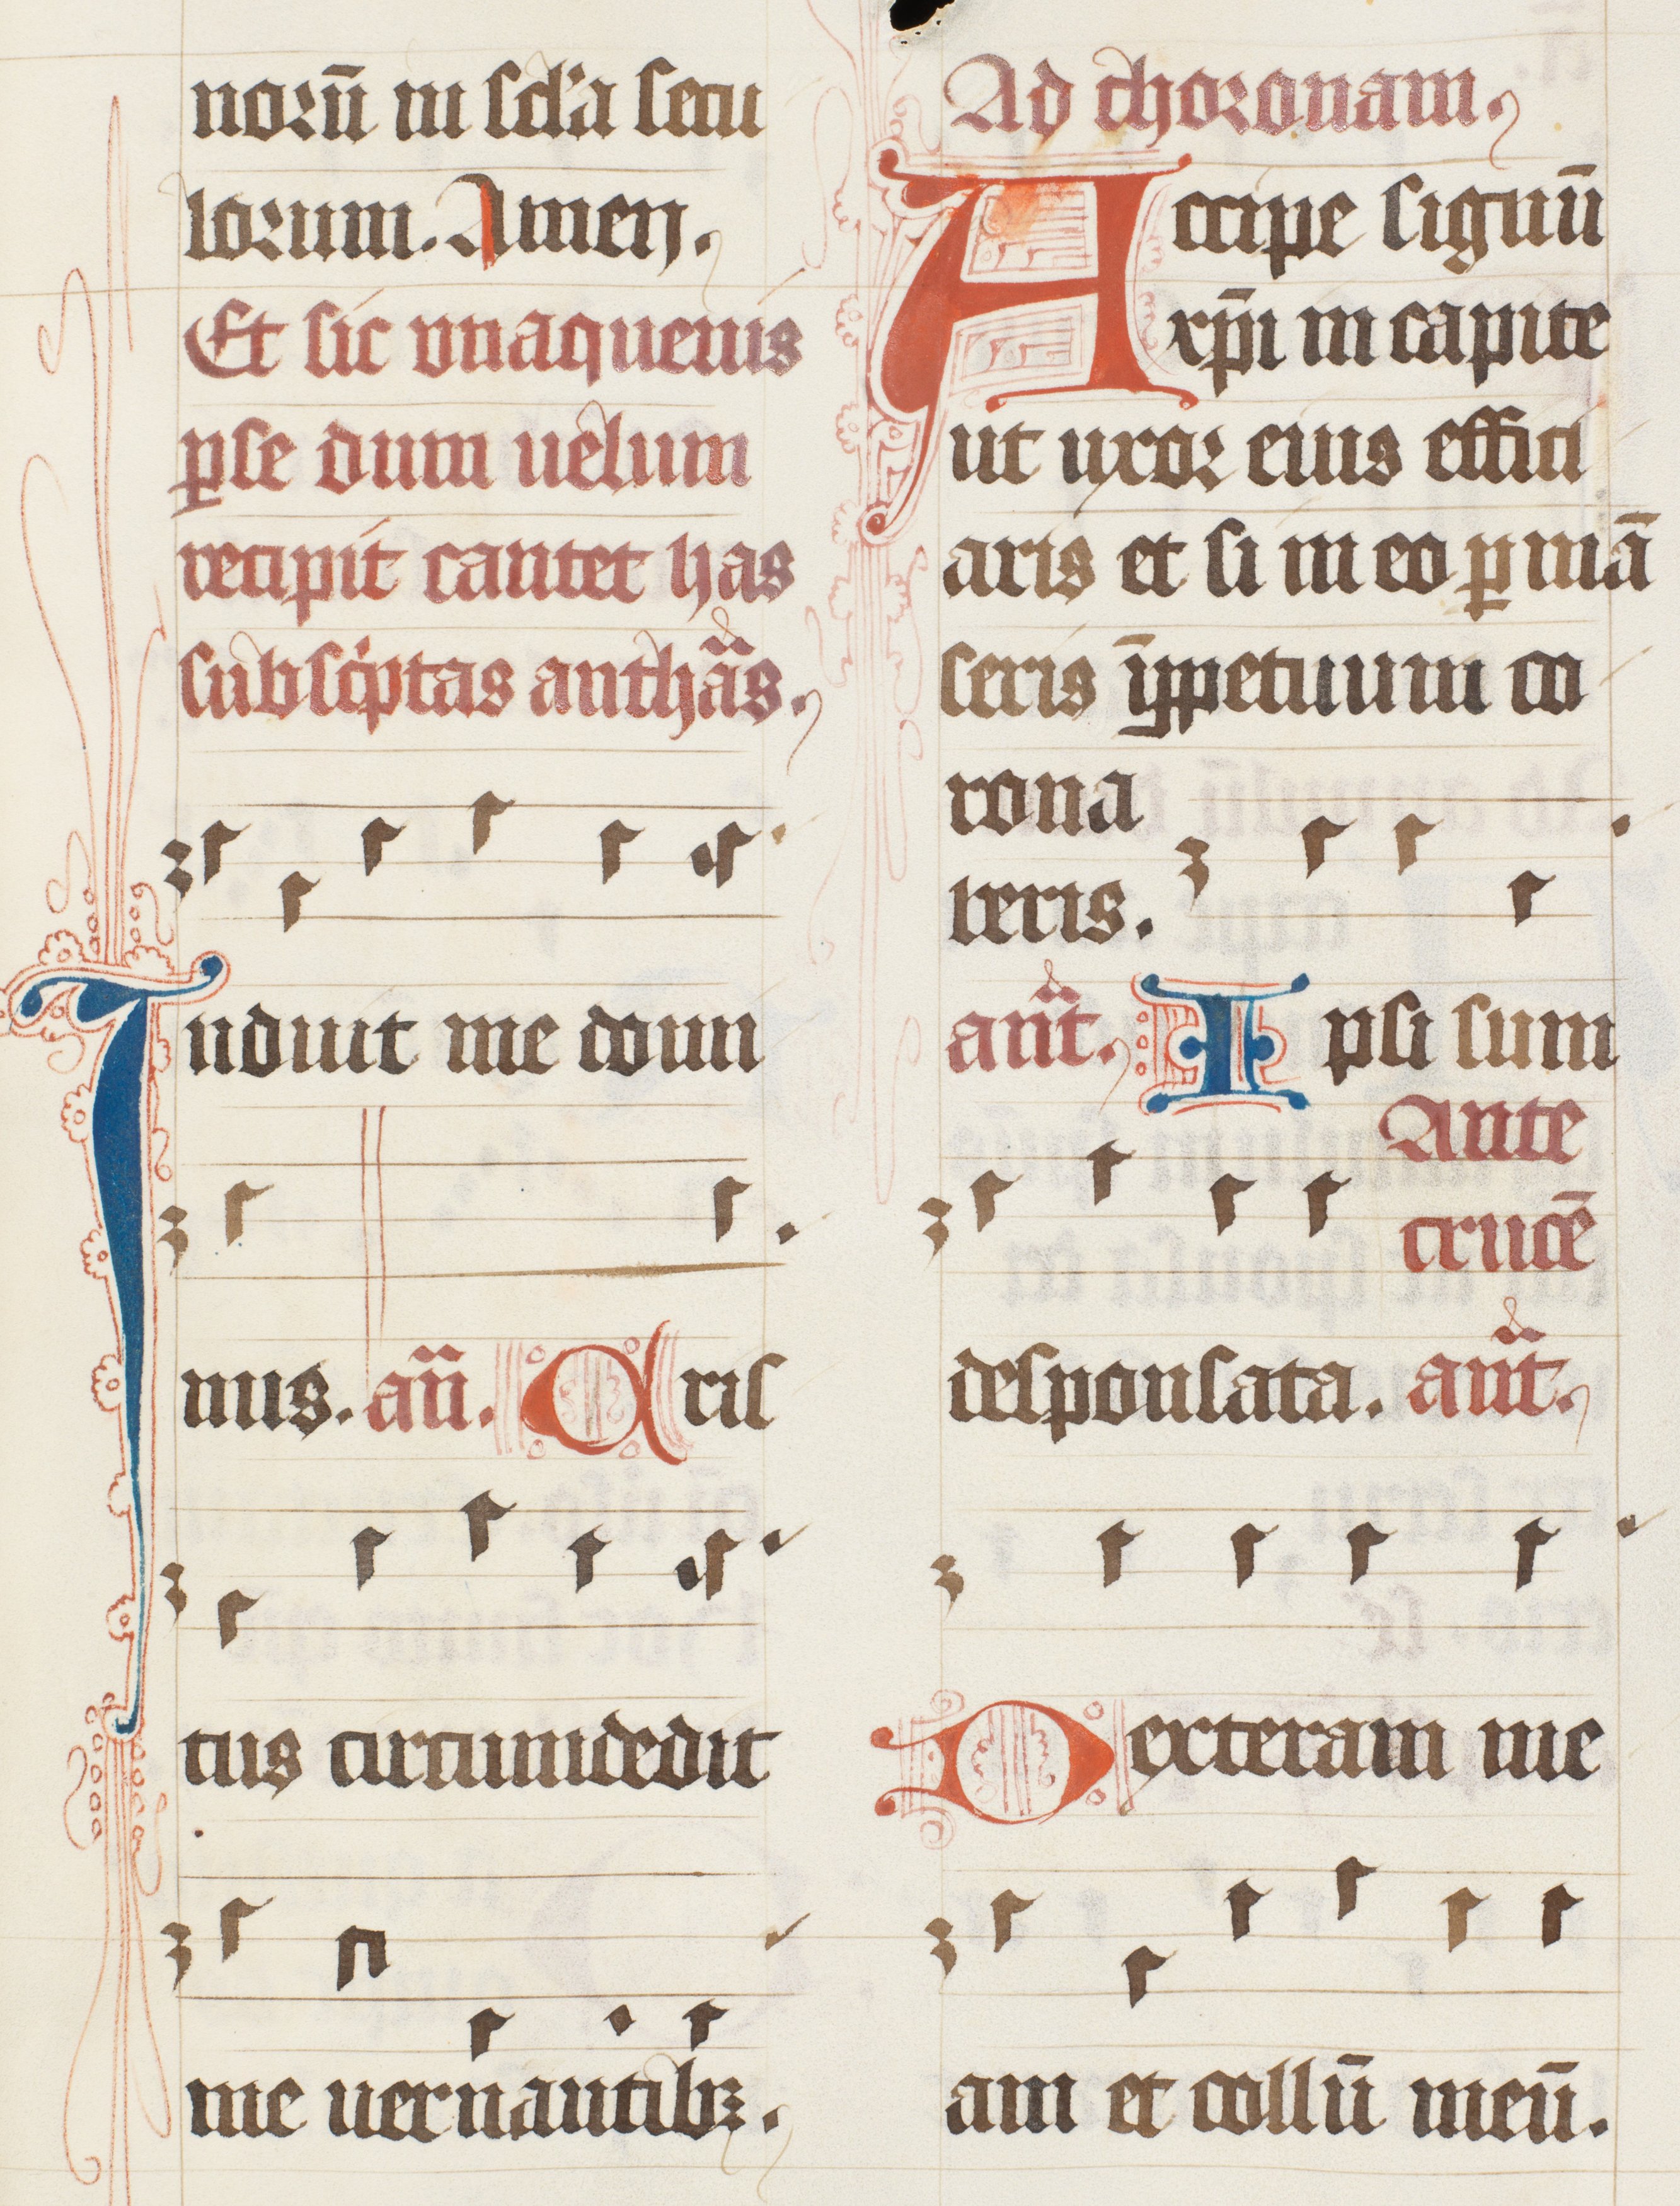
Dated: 1447–1478